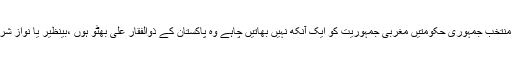
عوام کی منتخب جمہوری حکومتیں مغربی جمہوریت کو ایک آنکھ نہیں بھاتیں چاہے وہ پاکستان کے ذوالفقار علی بھٹو ہوں ،بینظیر یا نواز شریف ہوں ۔